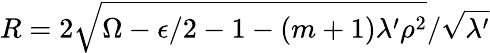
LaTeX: R=2\sqrt{\Omega-\epsilon/2-1-(m+1)\lambda^{\prime}\rho^{2}}/\sqrt{\lambda^{\prime}}